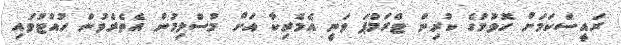
ރައީސްކަމަށް ހޮވުމުގެ ކުރިން ޓްރަމްޕަ ވަނީ އެމެރިކާ އަށް މުސްލިމުން އެތެރެވުން ހުއްޓުވައި